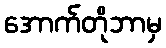
အောက်တိုဘာမှ